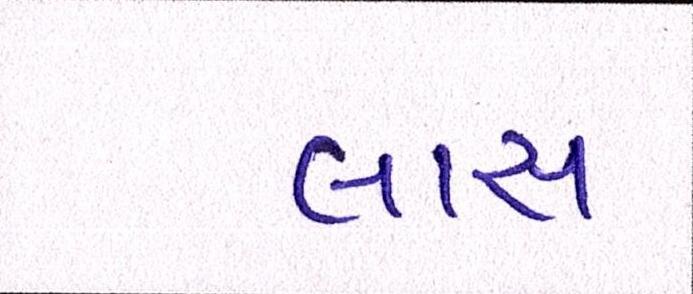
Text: લાસ